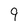
Character: 9